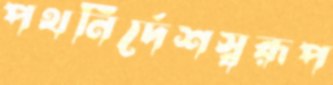
পথনির্দেশস্বরূপ